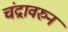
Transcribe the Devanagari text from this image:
चंद्रावरुन